Vaccine operations Central Provinces & Berar 1912-1920 - 1912-1920
Year: 1912
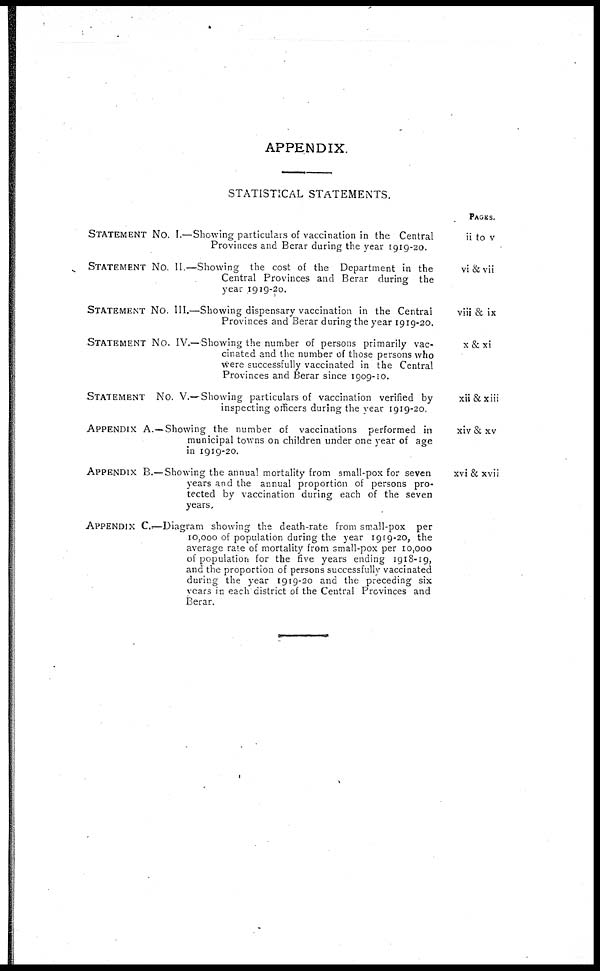
APPENDIX.
STATISTICAL STATEMENTS.
STATEMENT No. I.—Showing particulars of vaccination in the Central
Provinces and Berar during the year 1919-20.
STATEMENT No. II.—Showing the cost of the Department in the
Central Provinces and Berar during the
year 1919-20.
STATEMENT No. III.—Showing dispensary vaccination in the Central
Provinces and Berar during the year 1919-20.
STATEMENT No. IV.—Showing the number of persons primarily vac-
cinated and the number of those persons who
were successfully vaccinated in the Central
Provinces and Berar since 1909-10.
STATEMENT No. V.— Showing particulars of vaccination verified by
inspecting officers during the year 1919-20.
APPENDIX A.—Showing the number of vaccinations performed in
municipal towns on children under one year of age
in 1919-20.
APPENDIX B.— Showing the annual mortality from small-pox for seven
years and the annual proportion of persons pro-
tected by vaccination during each of the seven
years.
APPENDIX C.—Diagram showing the death-rate from small-pox per
10,000 of population during the year 1919-20, the
average rate of mortality from small-pox per 10,000
of population for the five years ending 1918-19,
and the proportion of persons successfully vaccinated
during the year 1919-20 and the preceding six
vears in each district of the Central Provinces and
Berar.
PAGES.
ii to v
vi & vii
viii & ix
x&xi
xii &xiii
xiv & xv
xvi & xvii